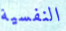
النفسية